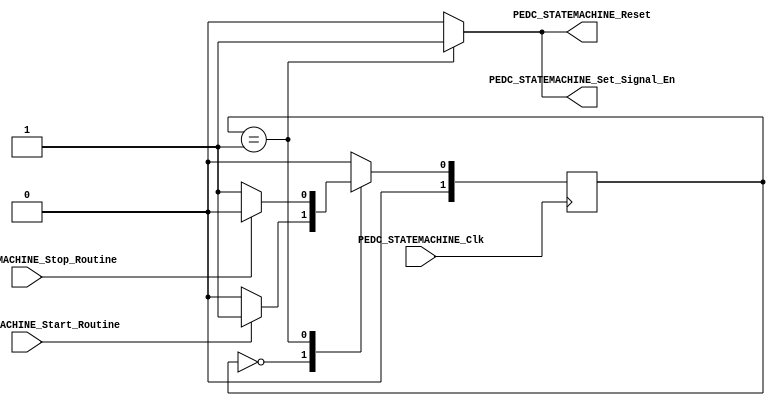
/*#########################################################################
//# procesing element dataflow controller state machine
//#########################################################################
//#
//# Copyright (C) 2021 Jose Maria Jaramillo Hoyos 
//# 
//# This program is free software: you can redistribute it and/or modify
//# it under the terms of the GNU General Public License as published by
//# the Free Software Foundation, either version 3 of the License, or
//# (at your option) any later version.
//#
//# This program is distributed in the hope that it will be useful,
//# but WITHOUT ANY WARRANTY; without even the implied warranty of
//# MERCHANTABILITY or FITNESS FOR A PARTICULAR PURPOSE.  See the
//# GNU General Public License for more details.
//#
//# You should have received a copy of the GNU General Public License
//# along with this program.  If not, see <https://www.gnu.org/licenses/>.
//#
//########################################################################*/

module PEDC_STATEMACHINE(

//////////// INPUTS //////////
PEDC_STATEMACHINE_Clk,
PEDC_STATEMACHINE_Start_Routine,
PEDC_STATEMACHINE_Stop_Routine,

//////////// OUTPUT //////////
PEDC_STATEMACHINE_Reset,
PEDC_STATEMACHINE_Set_Signal_En
);

//=======================================================
//  State declarations
//=======================================================
localparam State_reset			= 0;
localparam State_started		= 1;

//=======================================================
//  PORT declarations
//=======================================================

input PEDC_STATEMACHINE_Clk;
input PEDC_STATEMACHINE_Start_Routine;
input PEDC_STATEMACHINE_Stop_Routine;
output reg PEDC_STATEMACHINE_Reset;
output reg PEDC_STATEMACHINE_Set_Signal_En;

//=======================================================
//  REG/WIRE declarations
//=======================================================

reg [1:0]State_Register;
reg [1:0]State_Signal;


// Next state combinational logic
always @(*)
begin
	case (State_Register)
		State_reset: if(PEDC_STATEMACHINE_Start_Routine)
							State_Signal=State_started;
						 else
							State_Signal=State_reset;
		
		State_started: if (PEDC_STATEMACHINE_Stop_Routine) 
								State_Signal=State_reset;
							else 
								State_Signal=State_started;
		
		default: State_Signal=State_reset;
	
	endcase
	
	
end


// Sequential Logic
always @ (negedge PEDC_STATEMACHINE_Clk )
begin
		State_Register <= State_Signal;
end

// COMBINATIONAL OUTPUT LOGIC
always @ (*)
begin
	
	case(State_Register)
		State_reset:
		begin
			PEDC_STATEMACHINE_Reset=0;
			PEDC_STATEMACHINE_Set_Signal_En=0;
		end
		
		State_started:
		begin
			PEDC_STATEMACHINE_Reset=1;
			PEDC_STATEMACHINE_Set_Signal_En=1;
		
		end
		
		default:
		begin	
			PEDC_STATEMACHINE_Reset=0;
			PEDC_STATEMACHINE_Set_Signal_En=0;
		end
	
	endcase
	
end


endmodule